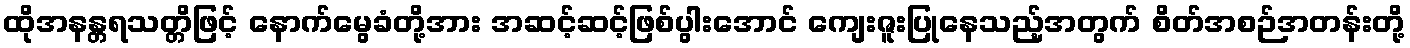
ထိုအနန္တရသတ္တိဖြင့် နောက်မွေခံတို့အား အဆင့်ဆင့်ဖြစ်ပွါးအောင် ကျေးဇူးပြုနေသည့်အတွက် စိတ်အစဉ်အတန်းတို့